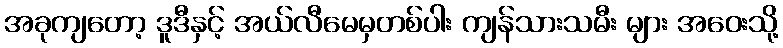
အခုကျတော့ ဒူဒီနှင့် အယ်လီမေမှတစ်ပါး ကျန်သားသမီး များ အဝေးသို့